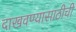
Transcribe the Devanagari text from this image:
दाखवण्यासाठीची